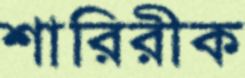
শারিরীক